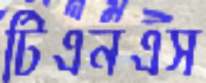
টিএনএস